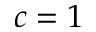
c = 1